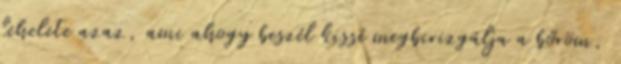
lehelete azaz, ami ahogy beszél kissé megbirizgálja a bőröm,